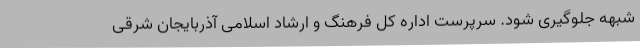
شبهه جلوگیری شود. سرپرست اداره کل فرهنگ و ارشاد اسلامی آذربایجان شرقی